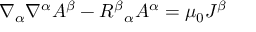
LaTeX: \nabla _ { \alpha } \nabla ^ { \alpha } A ^ { \beta } - R ^ { \beta } { } _ { \alpha } A ^ { \alpha } = \mu _ { 0 } J ^ { \beta }